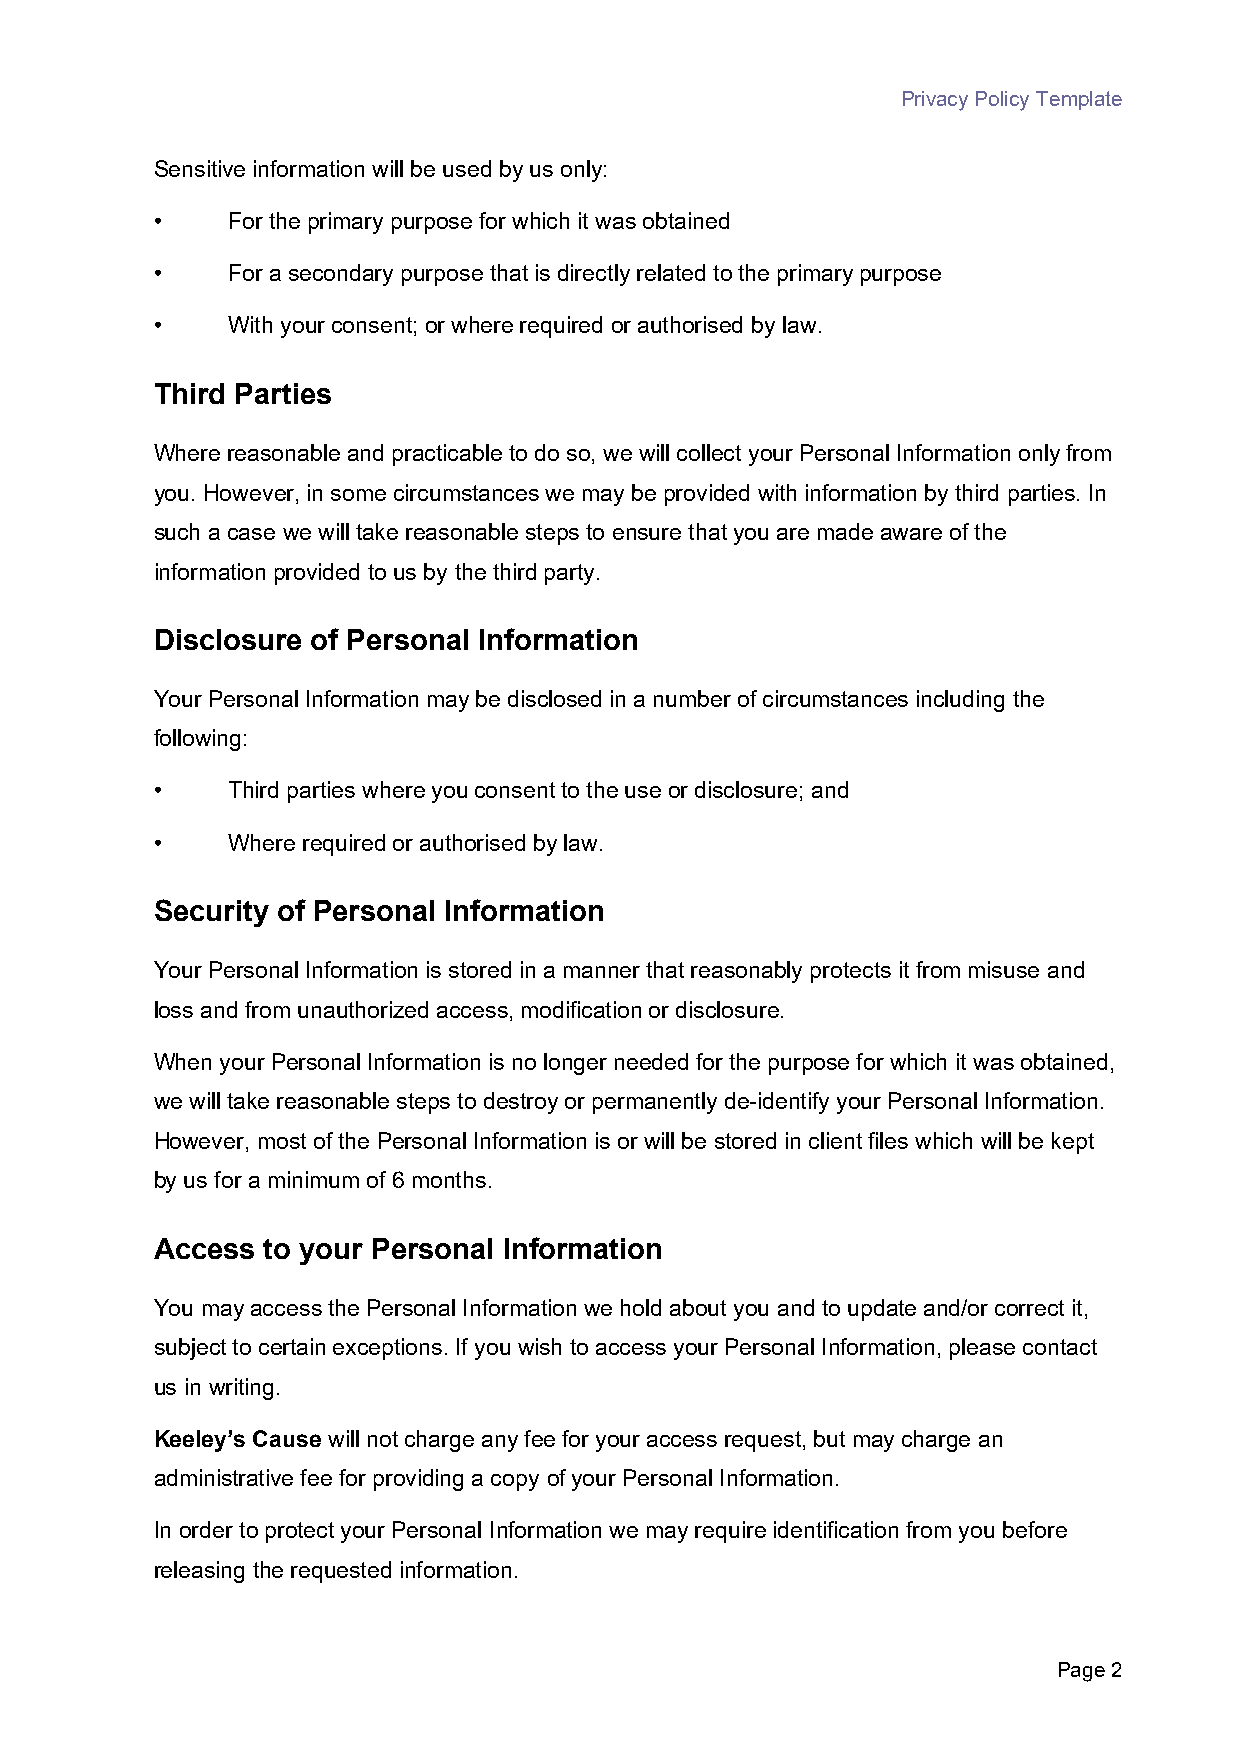
Privacy Policy Template
 Sensitive information will be used by us only:
 •    For the primary purpose for which it was obtained
 •    For a secondary purpose that is directly related to the primary purpose
 •    With your consent; or where required or authorised by law.
 Third Parties
 Where reasonable and practicable to do so, we will collect your Personal Information only from
 you. However, in some circumstances we may be provided with information by third parties. In
 such a case we will take reasonable steps to ensure that you are made aware of the
 information provided to us by the third party.
 Disclosure of Personal Information
 Your Personal Information may be disclosed in a number of circumstances including the
 following:
 •    Third parties where you consent to the use or disclosure; and
 •    Where required or authorised by law.
 Security of Personal Information
 Your Personal Information is stored in a manner that reasonably protects it from misuse and
 loss and from unauthorized access, modification or disclosure.
 When your Personal Information is no longer needed for the purpose for which it was obtained,
 we will take reasonable steps to destroy or permanently de-identify your Personal Information.
 However, most of the Personal Information is or will be stored in client files which will be kept
 by us for a minimum of 6 months.
 Access to your Personal Information
 You may access the Personal Information we hold about you and to update and/or correct it,
 subject to certain exceptions. If you wish to access your Personal Information, please contact
 us in writing.
 Keeley’s Cause will not charge any fee for your access request, but may charge an
 administrative fee for providing a copy of your Personal Information.
 In order to protect your Personal Information we may require identification from you before
 releasing the requested information.
 Page 2